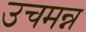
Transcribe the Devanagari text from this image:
उचमन्न